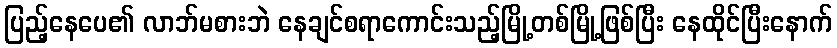
ပြည့်နေပေ၏ လာဘ်မစားဘဲ နေချင်စရာကောင်းသည့်မြို့တစ်မြို့ဖြစ်ပြီး နေထိုင်ပြီးနောက်